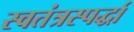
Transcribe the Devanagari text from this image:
स्वतंत्रस्पर्द्धा